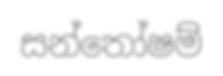
සන්තෝෂම්